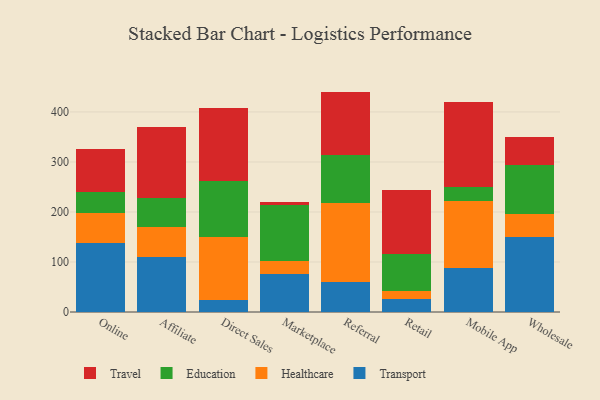
{"axis": {"x": "Channel", "y": "Conversion Rate (%)"}, "legend": ["Education", "Healthcare", "Transport", "Travel"], "data": [{"x": "Online", "y": 137.2, "type": "Transport"}, {"x": "Online", "y": 60.8, "type": "Healthcare"}, {"x": "Online", "y": 41.8, "type": "Education"}, {"x": "Online", "y": 86.9, "type": "Travel"}, {"x": "Affiliate", "y": 110.3, "type": "Transport"}, {"x": "Affiliate", "y": 59.5, "type": "Healthcare"}, {"x": "Affiliate", "y": 57.3, "type": "Education"}, {"x": "Affiliate", "y": 143.5, "type": "Travel"}, {"x": "Direct Sales", "y": 24.9, "type": "Transport"}, {"x": "Direct Sales", "y": 125.2, "type": "Healthcare"}, {"x": "Direct Sales", "y": 111.3, "type": "Education"}, {"x": "Direct Sales", "y": 147.4, "type": "Travel"}, {"x": "Marketplace", "y": 76.8, "type": "Transport"}, {"x": "Marketplace", "y": 24.5, "type": "Healthcare"}, {"x": "Marketplace", "y": 112.2, "type": "Education"}, {"x": "Marketplace", "y": 7.2, "type": "Travel"}, {"x": "Referral", "y": 59.6, "type": "Transport"}, {"x": "Referral", "y": 158.1, "type": "Healthcare"}, {"x": "Referral", "y": 96.4, "type": "Education"}, {"x": "Referral", "y": 126.6, "type": "Travel"}, {"x": "Retail", "y": 26.2, "type": "Transport"}, {"x": "Retail", "y": 16.7, "type": "Healthcare"}, {"x": "Retail", "y": 72.1, "type": "Education"}, {"x": "Retail", "y": 129.7, "type": "Travel"}, {"x": "Mobile App", "y": 87.3, "type": "Transport"}, {"x": "Mobile App", "y": 134.2, "type": "Healthcare"}, {"x": "Mobile App", "y": 27.5, "type": "Education"}, {"x": "Mobile App", "y": 170.3, "type": "Travel"}, {"x": "Wholesale", "y": 149.0, "type": "Transport"}, {"x": "Wholesale", "y": 46.2, "type": "Healthcare"}, {"x": "Wholesale", "y": 98.5, "type": "Education"}, {"x": "Wholesale", "y": 55.6, "type": "Travel"}]}